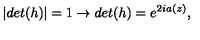
| d e t ( h ) | = 1 \rightarrow d e t ( h ) = e ^ { 2 i a ( z ) } ,